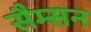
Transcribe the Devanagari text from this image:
सैम्सन